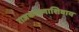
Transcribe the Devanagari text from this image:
राजकारणाशिवाय